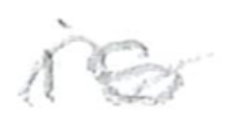
Text: is
Cross-out: wave
Writing tool: pencil